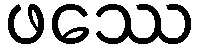
ဖဿေ